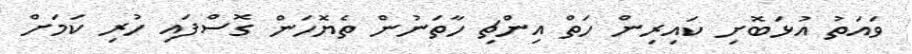
ވައަތު އުޅަބޮށި ކައިރިން ހަތް އިންޗި ހާތަނުން ތެޔޮހަން ގޮސްފައި ހުރި ކަމަށް